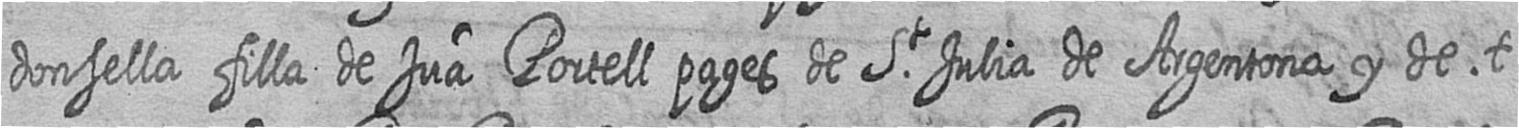
donsella filla de Jua Portell pages de St Julia de Argentona y de t